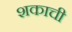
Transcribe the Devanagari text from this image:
शकाची